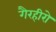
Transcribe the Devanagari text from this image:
गैरहीरो